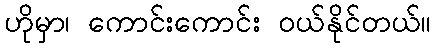
ဟိုမှာ၊ ကောင်းကောင်း ဝယ်နိုင်တယ်။